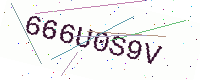
Text: 666U0S9V